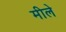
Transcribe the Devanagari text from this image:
मीले